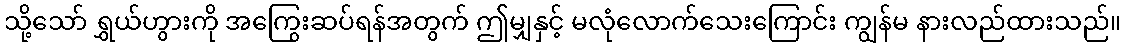
သို့သော် ရွှယ်ဟွားကို အကြွေးဆပ်ရန်အတွက် ဤမျှနှင့် မလုံလောက်သေးကြောင်း ကျွန်မ နားလည်ထားသည်။